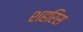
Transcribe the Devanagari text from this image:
शहरिस